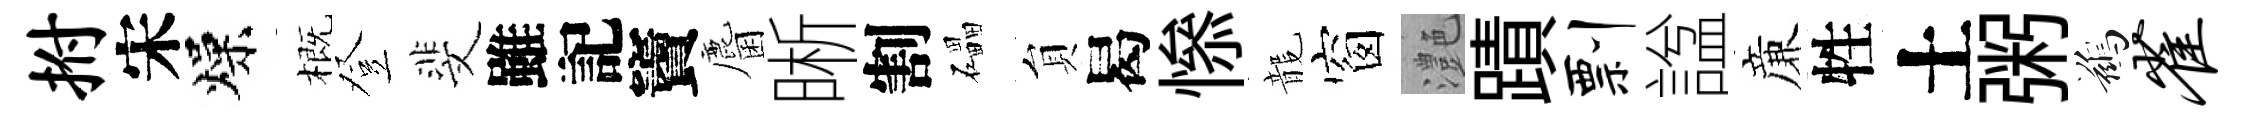
拊宋燥概登斐雖記竇麕晰割礧貟曷𢡖龍窗灔蹟剽諡亷牲土粥鷀雀